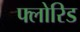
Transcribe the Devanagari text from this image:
फ्लोरिड